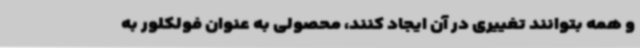
و همه بتوانند تغییری در آن ایجاد کنند، محصولی به عنوان فولکلور به